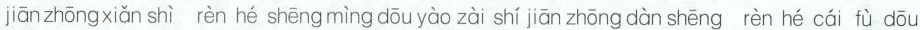
jiān zhōngxiǎn shì rèn hé shēng mìng dōu yào zài shí jiān zhōng dàn shēng rèn hé cái fù dōu